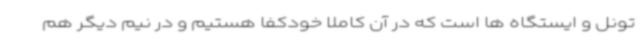
تونل و ایستگاه ها است که در آن کاملا خودکفا هستیم و در نیم دیگر هم